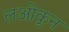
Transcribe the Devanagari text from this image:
लओकून